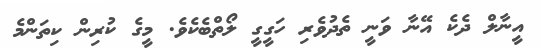
އީނާލް ދެކެ އޭނާ ވަނީ ތެދުވެރި ހަގީގީ ލޯތްބެކެވެ. މީގެ ކުރިން ކިތަންމެ